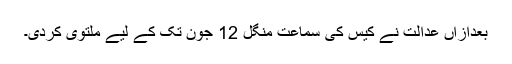
بعدازاں عدالت نے کیس کی سماعت منگل 12 جون تک کے لیے ملتوی کردی۔